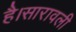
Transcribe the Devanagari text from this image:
है।सारावली